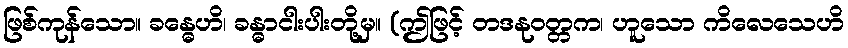
ဖြစ်ကုန်သော။ ခန္ဓေဟိ၊ ခန္ဓာငါးပါးတို့မှ။ (ဤဖြင့် တဒနုဝတ္တက၊ ဟူသော ကိလေသေဟိ